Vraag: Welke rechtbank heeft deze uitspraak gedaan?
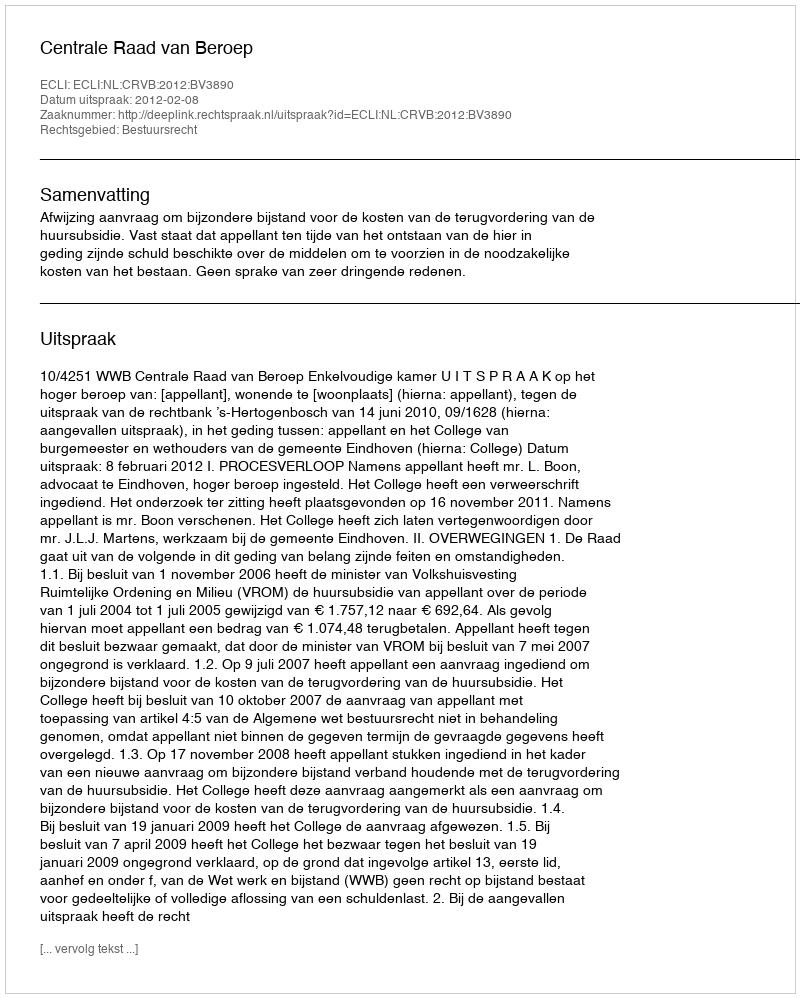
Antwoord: Centrale Raad van Beroep